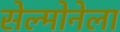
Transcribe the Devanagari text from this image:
सेल्मोनेला